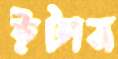
ইটান